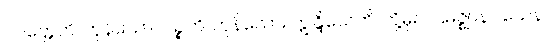
ပဝတ္တေဟိ၊ ကုန်သော။ ပဉ္စဟိ၊ ကုန်သော။ ဣန္ဒြိယေဟိ၊ တို့မှ။ ပဌမဇ္ဈာနဝသေန၊